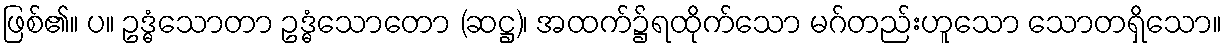
ဖြစ်၏။ ပ။ ဥဒ္ဓံသောတာ ဥဒ္ဓံသောတော (ဆဋ္ဌ)၊ အထက်၌ရထိုက်သော မဂ်တည်းဟူသော သောတရှိသော။